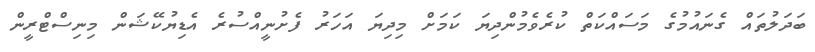
ބަދަލުތައް ގެނައުމުގެ މަސައްކަތް ކުރެވެމުންދިޔަ ކަމަށް މިދިޔަ އަހަރު ފެށުނީއްސުރެ އެޑިޔުކޭޝަން މިނިސްޓްރީން